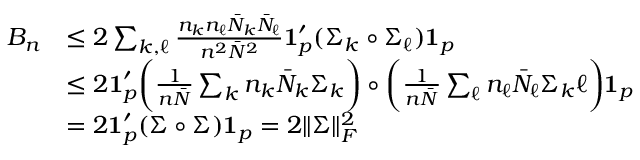
\begin{array} { r l } { B _ { n } } & { \leq 2 \sum _ { k , \ell } \frac { n _ { k } n _ { \ell } \bar { N } _ { k } \bar { N } _ { \ell } } { n ^ { 2 } \bar { N } ^ { 2 } } { \bf 1 } _ { p } ^ { \prime } ( \Sigma _ { k } \circ \Sigma _ { \ell } ) { \bf 1 } _ { p } } \\ & { \leq 2 { \bf 1 } _ { p } ^ { \prime } \bigg ( \frac { 1 } { n \bar { N } } \sum _ { k } n _ { k } \bar { N } _ { k } \Sigma _ { k } \bigg ) \circ \bigg ( \frac { 1 } { n \bar { N } } \sum _ { \ell } n _ { \ell } \bar { N } _ { \ell } \Sigma _ { k } \ell \bigg ) { \bf 1 } _ { p } } \\ & { = 2 { \bf 1 } _ { p } ^ { \prime } ( \Sigma \circ \Sigma ) { \bf 1 } _ { p } = 2 \| \Sigma \| _ { F } ^ { 2 } } \end{array}